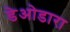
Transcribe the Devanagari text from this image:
डेओडारा